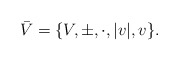
\begin{align*}\bar{V}=\{V,\pm,\cdot,|v|,v\}.\end{align*}